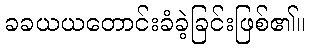
ခခယယတောင်းခံခဲ့ခြင်းဖြစ်၏။